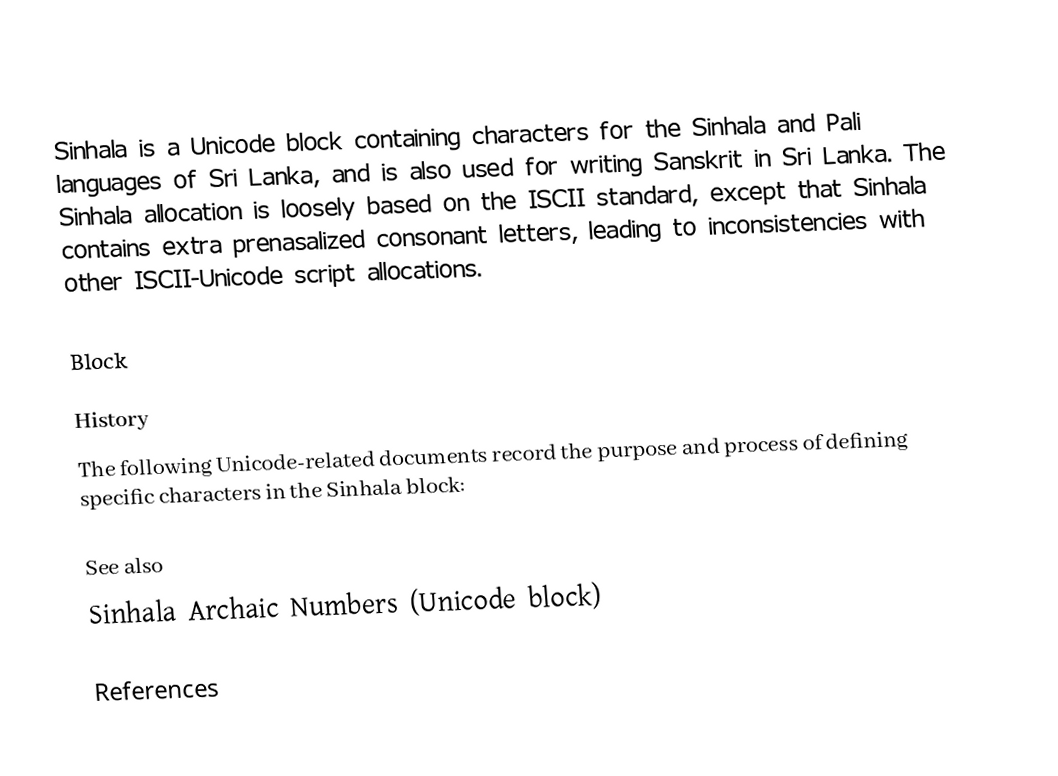
Sinhala is a Unicode block containing characters for the Sinhala and Pali languages of Sri Lanka, and is also used for writing Sanskrit in Sri Lanka. The Sinhala allocation is loosely based on the ISCII standard, except that Sinhala contains extra prenasalized consonant letters, leading to inconsistencies with other ISCII-Unicode script allocations.

Block

History
The following Unicode-related documents record the purpose and process of defining specific characters in the Sinhala block:

See also
 Sinhala Archaic Numbers (Unicode block)

References